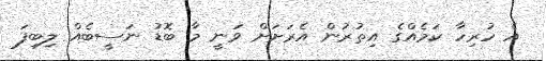
އެ ހުރިހާ ކަމެއްގެ އިތުރުން އެރަށަށް ވަނީ މާ ބޮޑު ނަސީބެއް ލިބިފަ